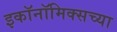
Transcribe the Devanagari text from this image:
इकॉनॉमिक्सच्या